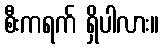
စီးကရက် ရှိပါလား။